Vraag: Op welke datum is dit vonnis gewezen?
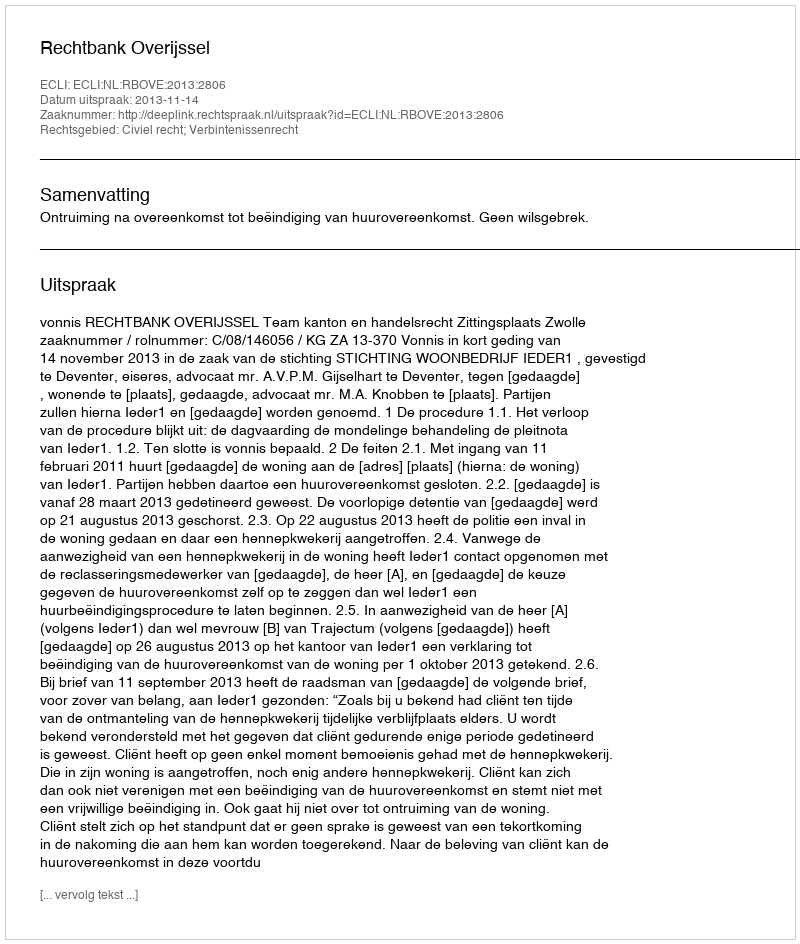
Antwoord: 2013-11-14